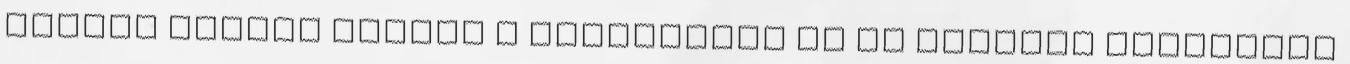
jelszó kérése Vissza a belépéshez Az új jelszót elküldtük